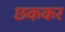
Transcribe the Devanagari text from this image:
छककर